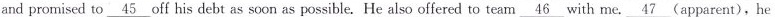
and promised to \underline{45} off his debt as soon as possible. He also offered to team \underline{46} with me. \underline{47} (apparent), he